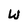
Character: w